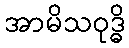
အာမိသဝုဒ္ဓိ